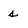
Character: s